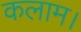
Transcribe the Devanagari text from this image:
कलाम।